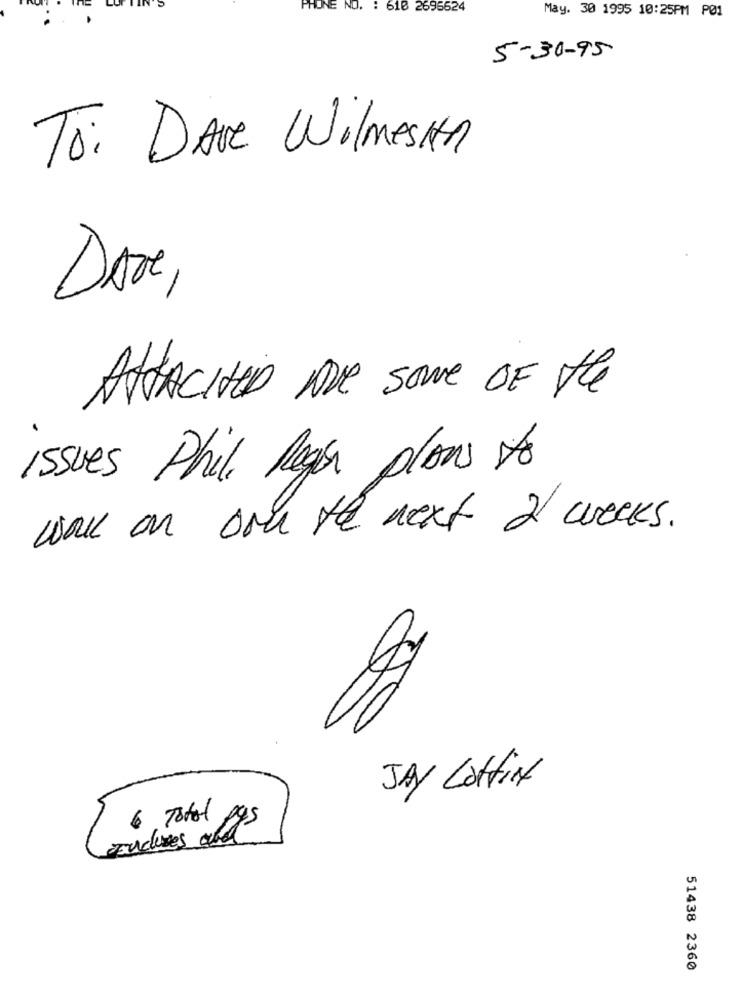
PHONE NO. : 618 2696624
May. 30 1995 10:25PM PØ1
5-30-95
To: DAve WilmesIA
Dove,
ATTACHED Are Some OF the
issues Phil lege plans to
walk on ore the next 2 weeks.
JAY Lottin
6 Total
Endures and
51438 2360